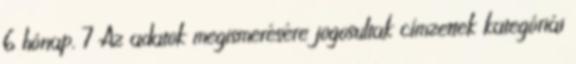
6 hónap. 7 Az adatok megismerésére jogosultak címzettek kategóriái